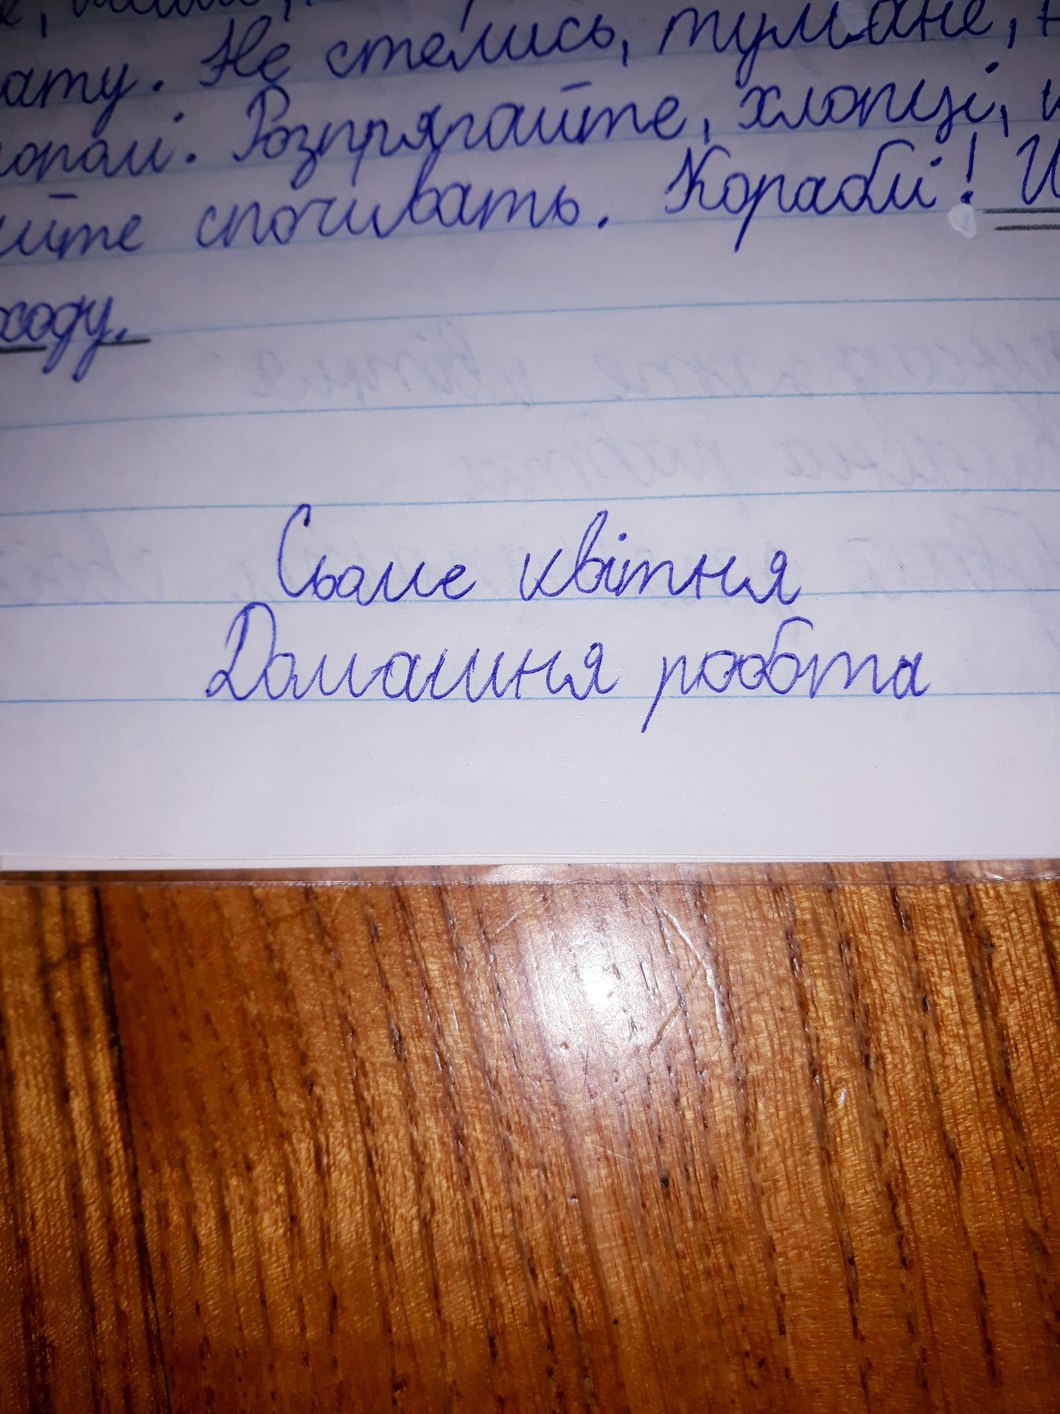
ополі. Розпрягайте, хлопці, і
Не стелись, тумане, [illegible]ату. Розпрягайте, хлопці, к
йте спочивать. Кораблі! И
ходу.
Сьоме квітня
Домашня робота